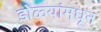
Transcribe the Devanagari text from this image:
डोळ्यांमधून